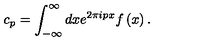
c _ { p } = \int _ { - \infty } ^ { \infty } d x e ^ { 2 \pi i p x } f \left( x \right) .